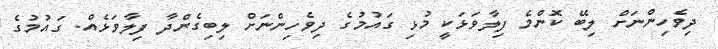
ދިވެހިންނަށް ލިބޭ ކޮންމެ ފިލާވަޅަކީ މުޅި ގައުމުގެ ދިވެހިންނަށް ލިބިގެންދާ ފިލާވަޅެއް. ގައުމުގެ